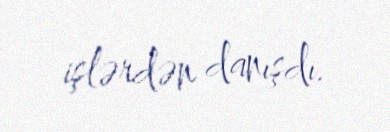
işlərdən danışdı.